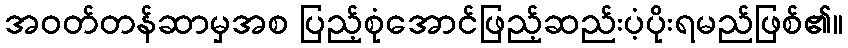
အဝတ်တန်ဆာမှအစ ပြည့်စုံအောင်ဖြည့်ဆည်းပံ့ပိုးရမည်ဖြစ်၏။